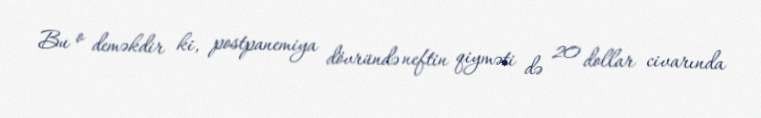
Bu o deməkdir ki, postpanemiya dövründə neftin qiyməti də 20 dollar civarında